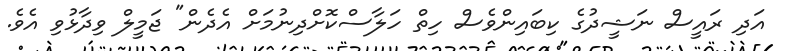
އަދި ރައީސް ނަޝީދުގެ ކިބައިންވެސް ހިތް ހަލާސްކޮށްދިނުމަށް އެދެން" ޖަމީލް ވިދާޅުވި އެވެ.